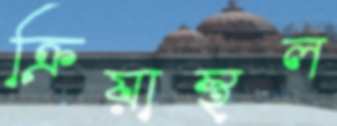
ক্রিয়াস্থল